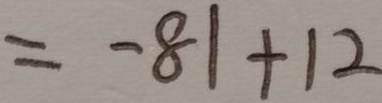
= - 8 1 + 1 2